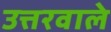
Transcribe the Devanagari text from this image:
उत्तरवाले